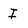
Character: I